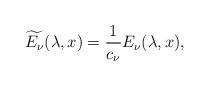
LaTeX: \begin{align*}\widetilde{E_\nu}(\lambda,x)=\frac{1}{c_\nu}E_\nu(\lambda,x),\end{align*}